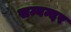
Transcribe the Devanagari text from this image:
सम्बन्दर